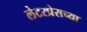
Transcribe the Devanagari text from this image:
लेटरप्रेसच्या